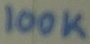
Text: 100K